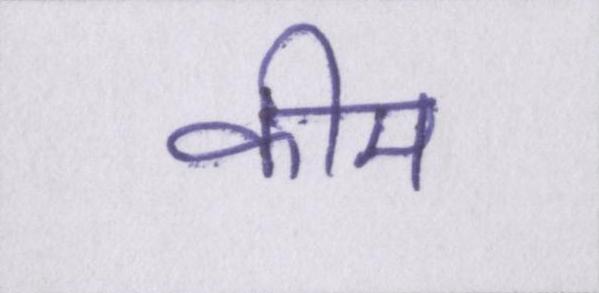
कीम